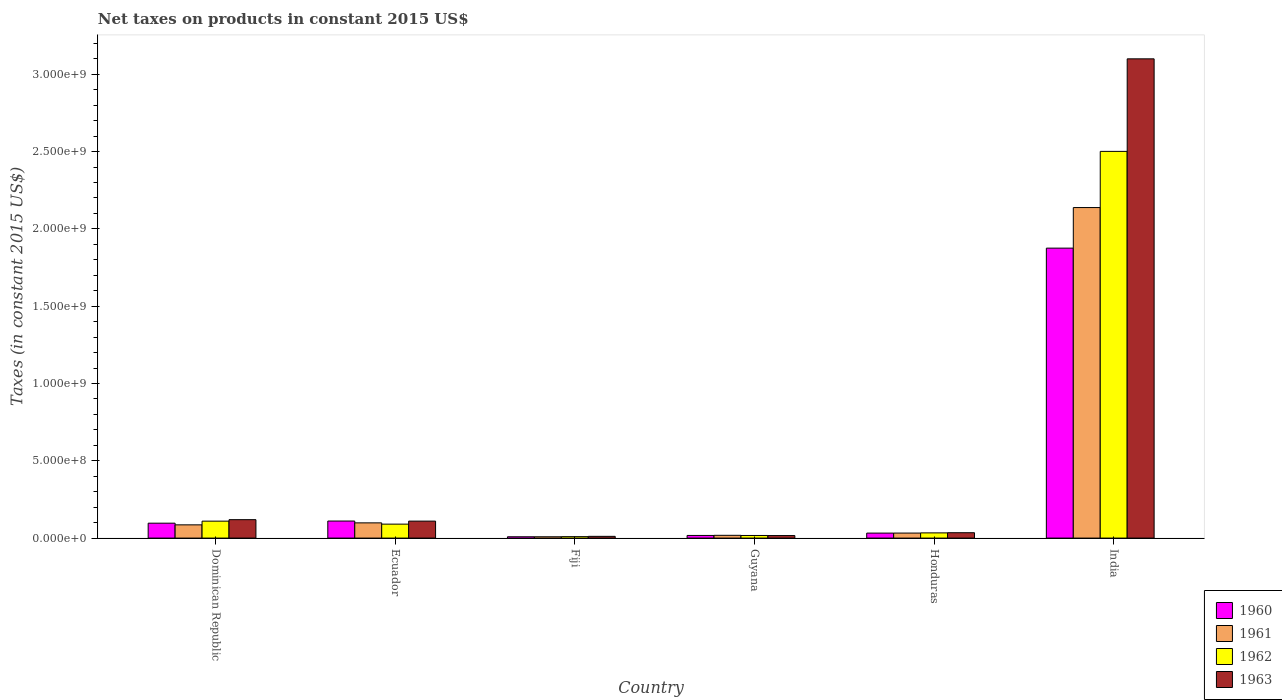
| Country | 1960 | 1961 | 1962 | 1963 |
 | --- | --- | --- | --- | --- |
 | Dominican Republic | 9.64e+07 | 8.56e+07 | 1.1e+08 | 1.19e+08 |
 | Ecuador | 1.1e+08 | 9.85e+07 | 9.03e+07 | 1.1e+08 |
 | Fiji | 8.56e+06 | 8.56e+06 | 9.32e+06 | 1.12e+07 |
 | Guyana | 1.71e+07 | 1.79e+07 | 1.69e+07 | 1.64e+07 |
 | Honduras | 3.22e+07 | 3.25e+07 | 3.36e+07 | 3.48e+07 |
 | India | 1.88e+09 | 2.14e+09 | 2.5e+09 | 3.1e+09 |